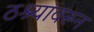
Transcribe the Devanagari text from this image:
ठश्यांवरून